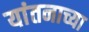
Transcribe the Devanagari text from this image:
यांतनाच्या